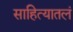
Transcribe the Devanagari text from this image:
साहित्यातलं